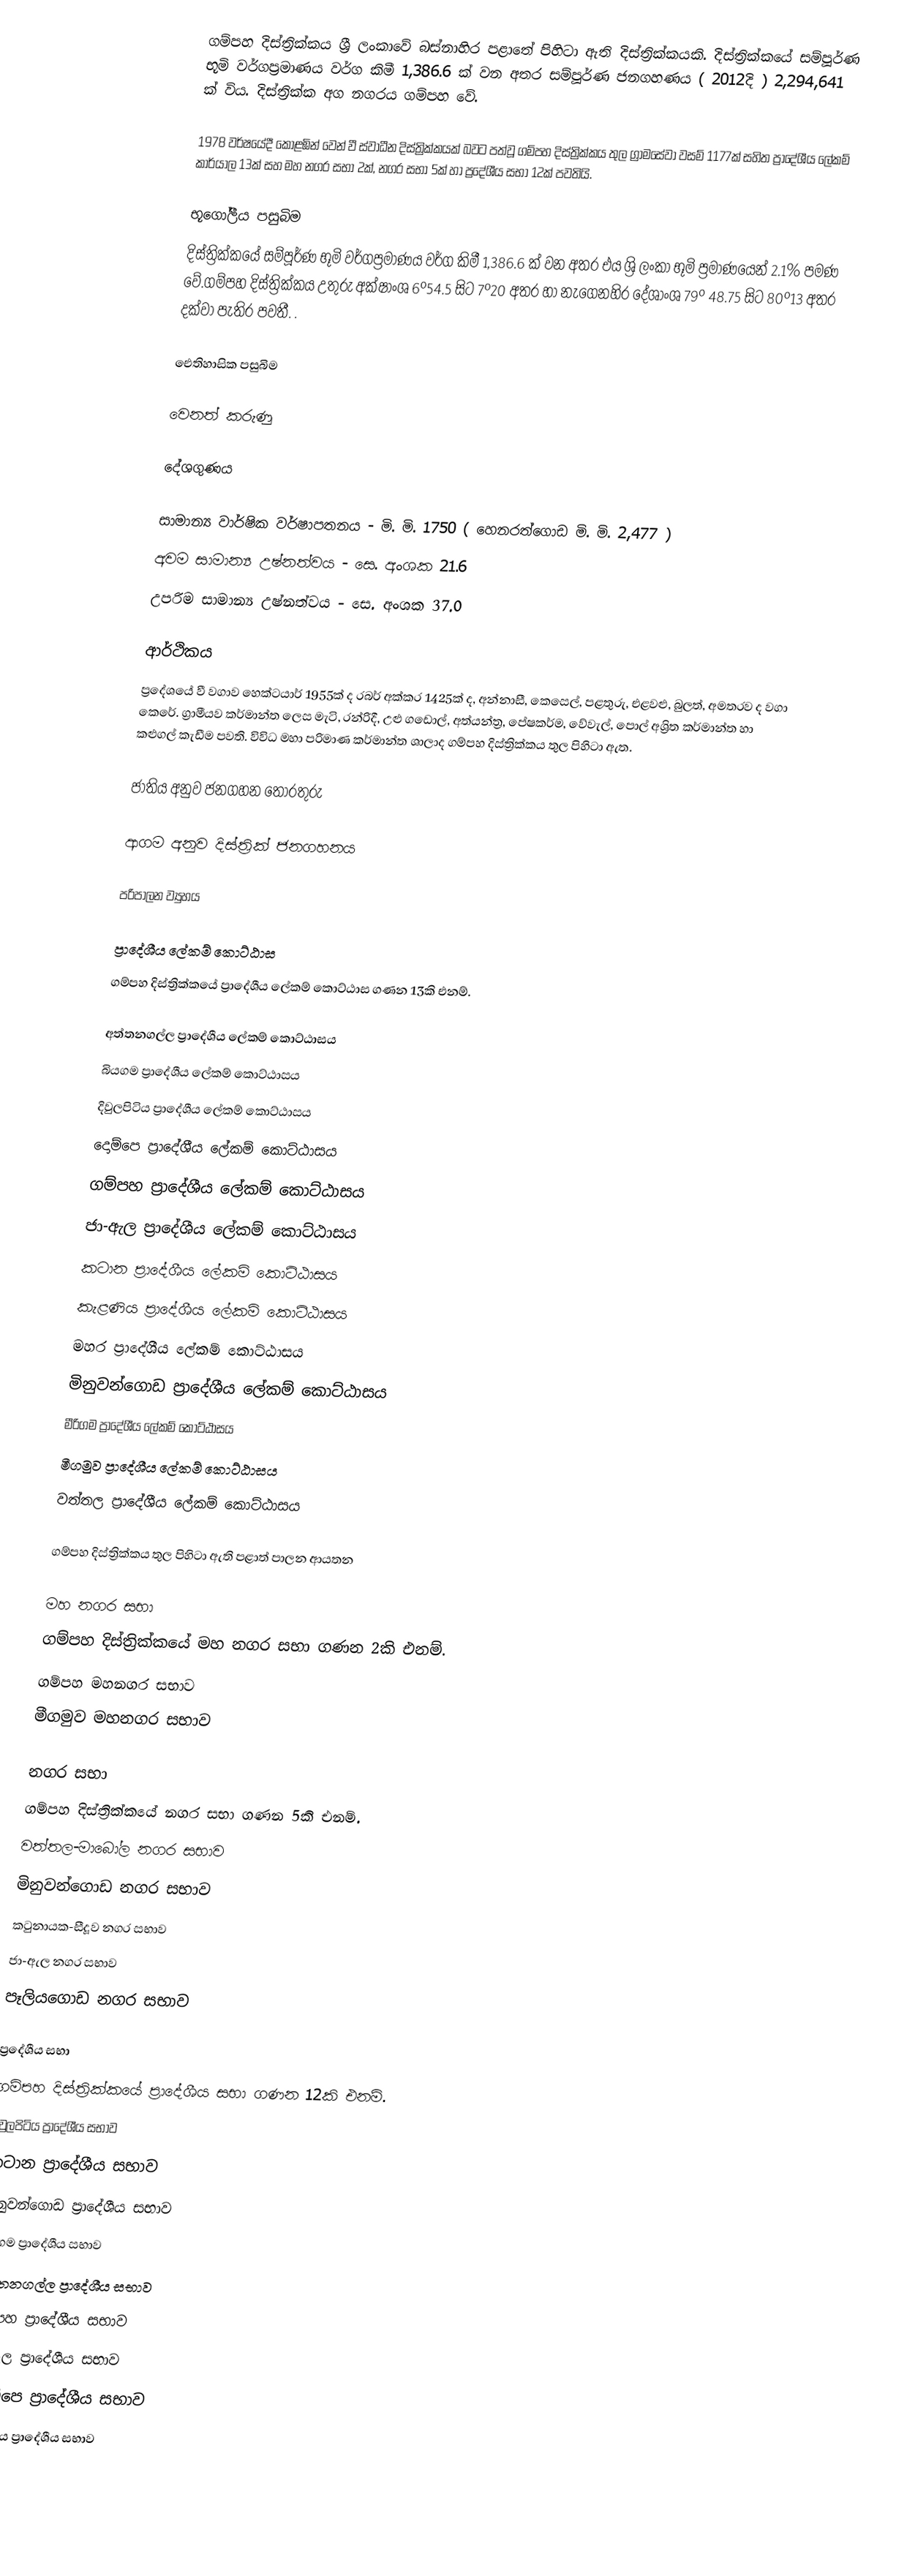
ගම්පහ දිස්ත්‍රික්කය ශ්‍රී ලංකාවේ බස්නාහිර  පළාතේ පිහිටා ඇති දිස්ත්‍රික්කයකි. දිස්ත්‍රික්කයේ සම්පූර්ණ භූමි වර්ගප්‍රමාණය වර්ග කිමී 1,386.6 ක් වන අතර සම්පූර්ණ ජනගහණය ( 2012දි ) 2,294,641 ක් විය. දිස්ත්‍රික්ක අග නගරය ගම්පහ  වේ.

1978 වර්ෂයේදී කොළඹින් වෙන් වී ස්වාධීන දිස්ත්‍රික්කයක් බවට පත්වූ ගම්පහ දිස්ත්‍රික්කය තුල ග්‍රාමසේවා වසම් 1177ක් සහිත ප්‍රාදේශීය ලේකම් කාර්යාල 13ක් සහ මහ නගර සභා 2ක්, නගර සභා 5ක් හා ප්‍රදේශීය සභා 12ක් පවතියි.

භූගෝලීය පසුබිම
දිස්ත්‍රික්කයේ සම්පූර්ණ භූමි වර්ගප්‍රමාණය වර්ග කිමී 1,386.6 ක් වන අතර එය ශ්‍රි ලංකා භූමි ප්‍රමාණයෙන් 2.1% පමණ වේ.ගම්පහ දිස්ත්‍රික්කය උතුරු අක්ෂාංශ 6º54.5 සිට 7º20 අතර හා නැගෙනහිර දේශාංශ 79º 48.75 සිට 80º13 අතර දක්වා පැතිර පවතී. .

ඓතිහාසික පසුබිම

වෙනත් කරුණු

දේශගුණය

   සාමාන්‍ය වාර්ෂික වර්ෂාපතනය  - මි. මි. 1750 ( හෙනරත්ගොඩ මි. මි. 2,477 )
   අවම සාමාන්‍ය උෂ්නත්වය   - සෙ. අංශක 21.6
   උපරිම සාමාන්‍ය උෂ්නත්වය - සෙ. අංශක 37.0

ආර්ථිකය
ප්‍රදේශයේ වී වගාව හෙක්ටයාර් 1955ක් ද රබර් අක්කර 1425ක් ද, අන්නාසී, කෙසෙල්, පළතුරු, එළවළු, බුලත්, අමතරව ද වගා කෙරේ. ග්‍රාමීයව කර්මාන්ත ලෙස මැටි, රන්රිදී, උළු ගඩොල්, අත්යන්ත්‍ර, පේෂකර්ම, වේවැල්, පොල් අශ්‍රිත කර්මාන්ත හා කළුගල් කැඩීම පවති. විවිධ මහා පරිමාණ කර්මාන්ත ශාලාද ගම්පහ දිස්ත්‍රික්කය තුල පිහිටා ඇත.

ජාතිය අනුව ජනගහන තොරතුරු

ආගම අනුව දිස්ත්‍රික් ජනගහනය

පරිපාලන ව්‍යුහය

ප්‍රාදේශීය ලේකම් කොට්ඨාස
ගම්පහ දිස්ත්‍රික්කයේ ප්‍රාදේශීය ලේකම් කොට්ඨාස ගණන 13කි එනම්.

 අත්තනගල්ල ප්‍රාදේශීය ලේකම් කොට්ඨාසය
 බියගම ප්‍රාදේශීය ලේකම් කොට්ඨාසය
 දිවුලපිටිය ප්‍රාදේශීය ලේකම් කොට්ඨාසය
 දොම්පෙ ප්‍රාදේශීය ලේකම් කොට්ඨාසය
 ගම්පහ ප්‍රාදේශීය ලේකම් කොට්ඨාසය
 ජා-ඇල ප්‍රාදේශීය ලේකම් කොට්ඨාසය
 කටාන ප්‍රාදේශීය ලේකම් කොට්ඨාසය
 කැළණිය ප්‍රාදේශීය ලේකම් කොට්ඨාසය
 මහර ප්‍රාදේශීය ලේකම් කොට්ඨාසය
 මිනුවන්ගොඩ ප්‍රාදේශීය ලේකම් කොට්ඨාසය
 මීරිගම ප්‍රාදේශීය ලේකම් කොට්ඨාසය
 මීගමුව ප්‍රාදේශීය ලේකම් කොට්ඨාසය
 වත්තල ප්‍රාදේශීය ලේකම් කොට්ඨාසය

ගම්පහ දිස්ත්‍රික්කය තුල පිහිටා ඇති පළාත් පාලන ආයතන

මහ නගර සභා
ගම්පහ දිස්ත්‍රික්කයේ මහ නගර සභා ගණන 2කි එනම්.
 ගම්පහ මහනගර සභාව
 මීගමුව මහනගර සභාව

නගර සභා
ගම්පහ දිස්ත්‍රික්කයේ නගර සභා ගණන 5කි එනම්.
 වත්තල-මාබෝල නගර සභාව
 මිනුවන්ගොඩ නගර සභාව
 කටුනායක-සීදූව නගර සභාව
 ජා-ඇල නගර සභාව
 පෑලියගොඩ නගර සභාව

ප්‍රදේශීය සභා
ගම්පහ දිස්ත්‍රික්කයේ ප්‍රාදේශීය සභා ගණන 12කි එනම්.
 දිවුලපිටිය ප්‍රාදේශීය සභාව
 කටාන ප්‍රාදේශීය සභාව
 මිනුවන්ගොඩ ප්‍රාදේශීය සභාව
 මීරිගම ප්‍රාදේශීය සභාව
 අත්තනගල්ල ප්‍රාදේශීය සභාව
 ගම්පහ ප්‍රාදේශීය සභාව
 ජා-ඇල ප්‍රාදේශීය සභාව
 දොම්පෙ ප්‍රාදේශීය සභාව
 කැලණිය ප්‍රාදේශීය සභාව
 මහර ප